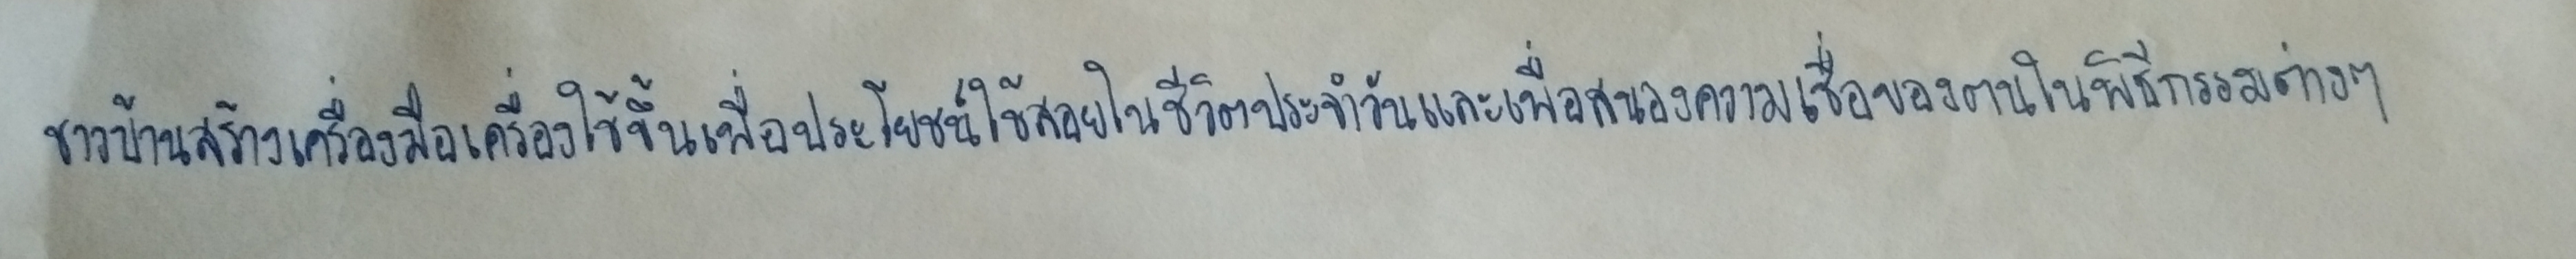
ชาวบ้านสร้างเครื่องมือเครื่องใช้ขึ้นเพื่อประโยชน์ใช้สอยในชีวิตประจำวันและเพื่อสนองความเชื่อของตนในพิธีกรรมต่างๆ